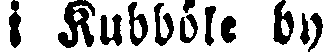
i Kubböle by